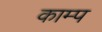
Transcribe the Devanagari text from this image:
काम्प